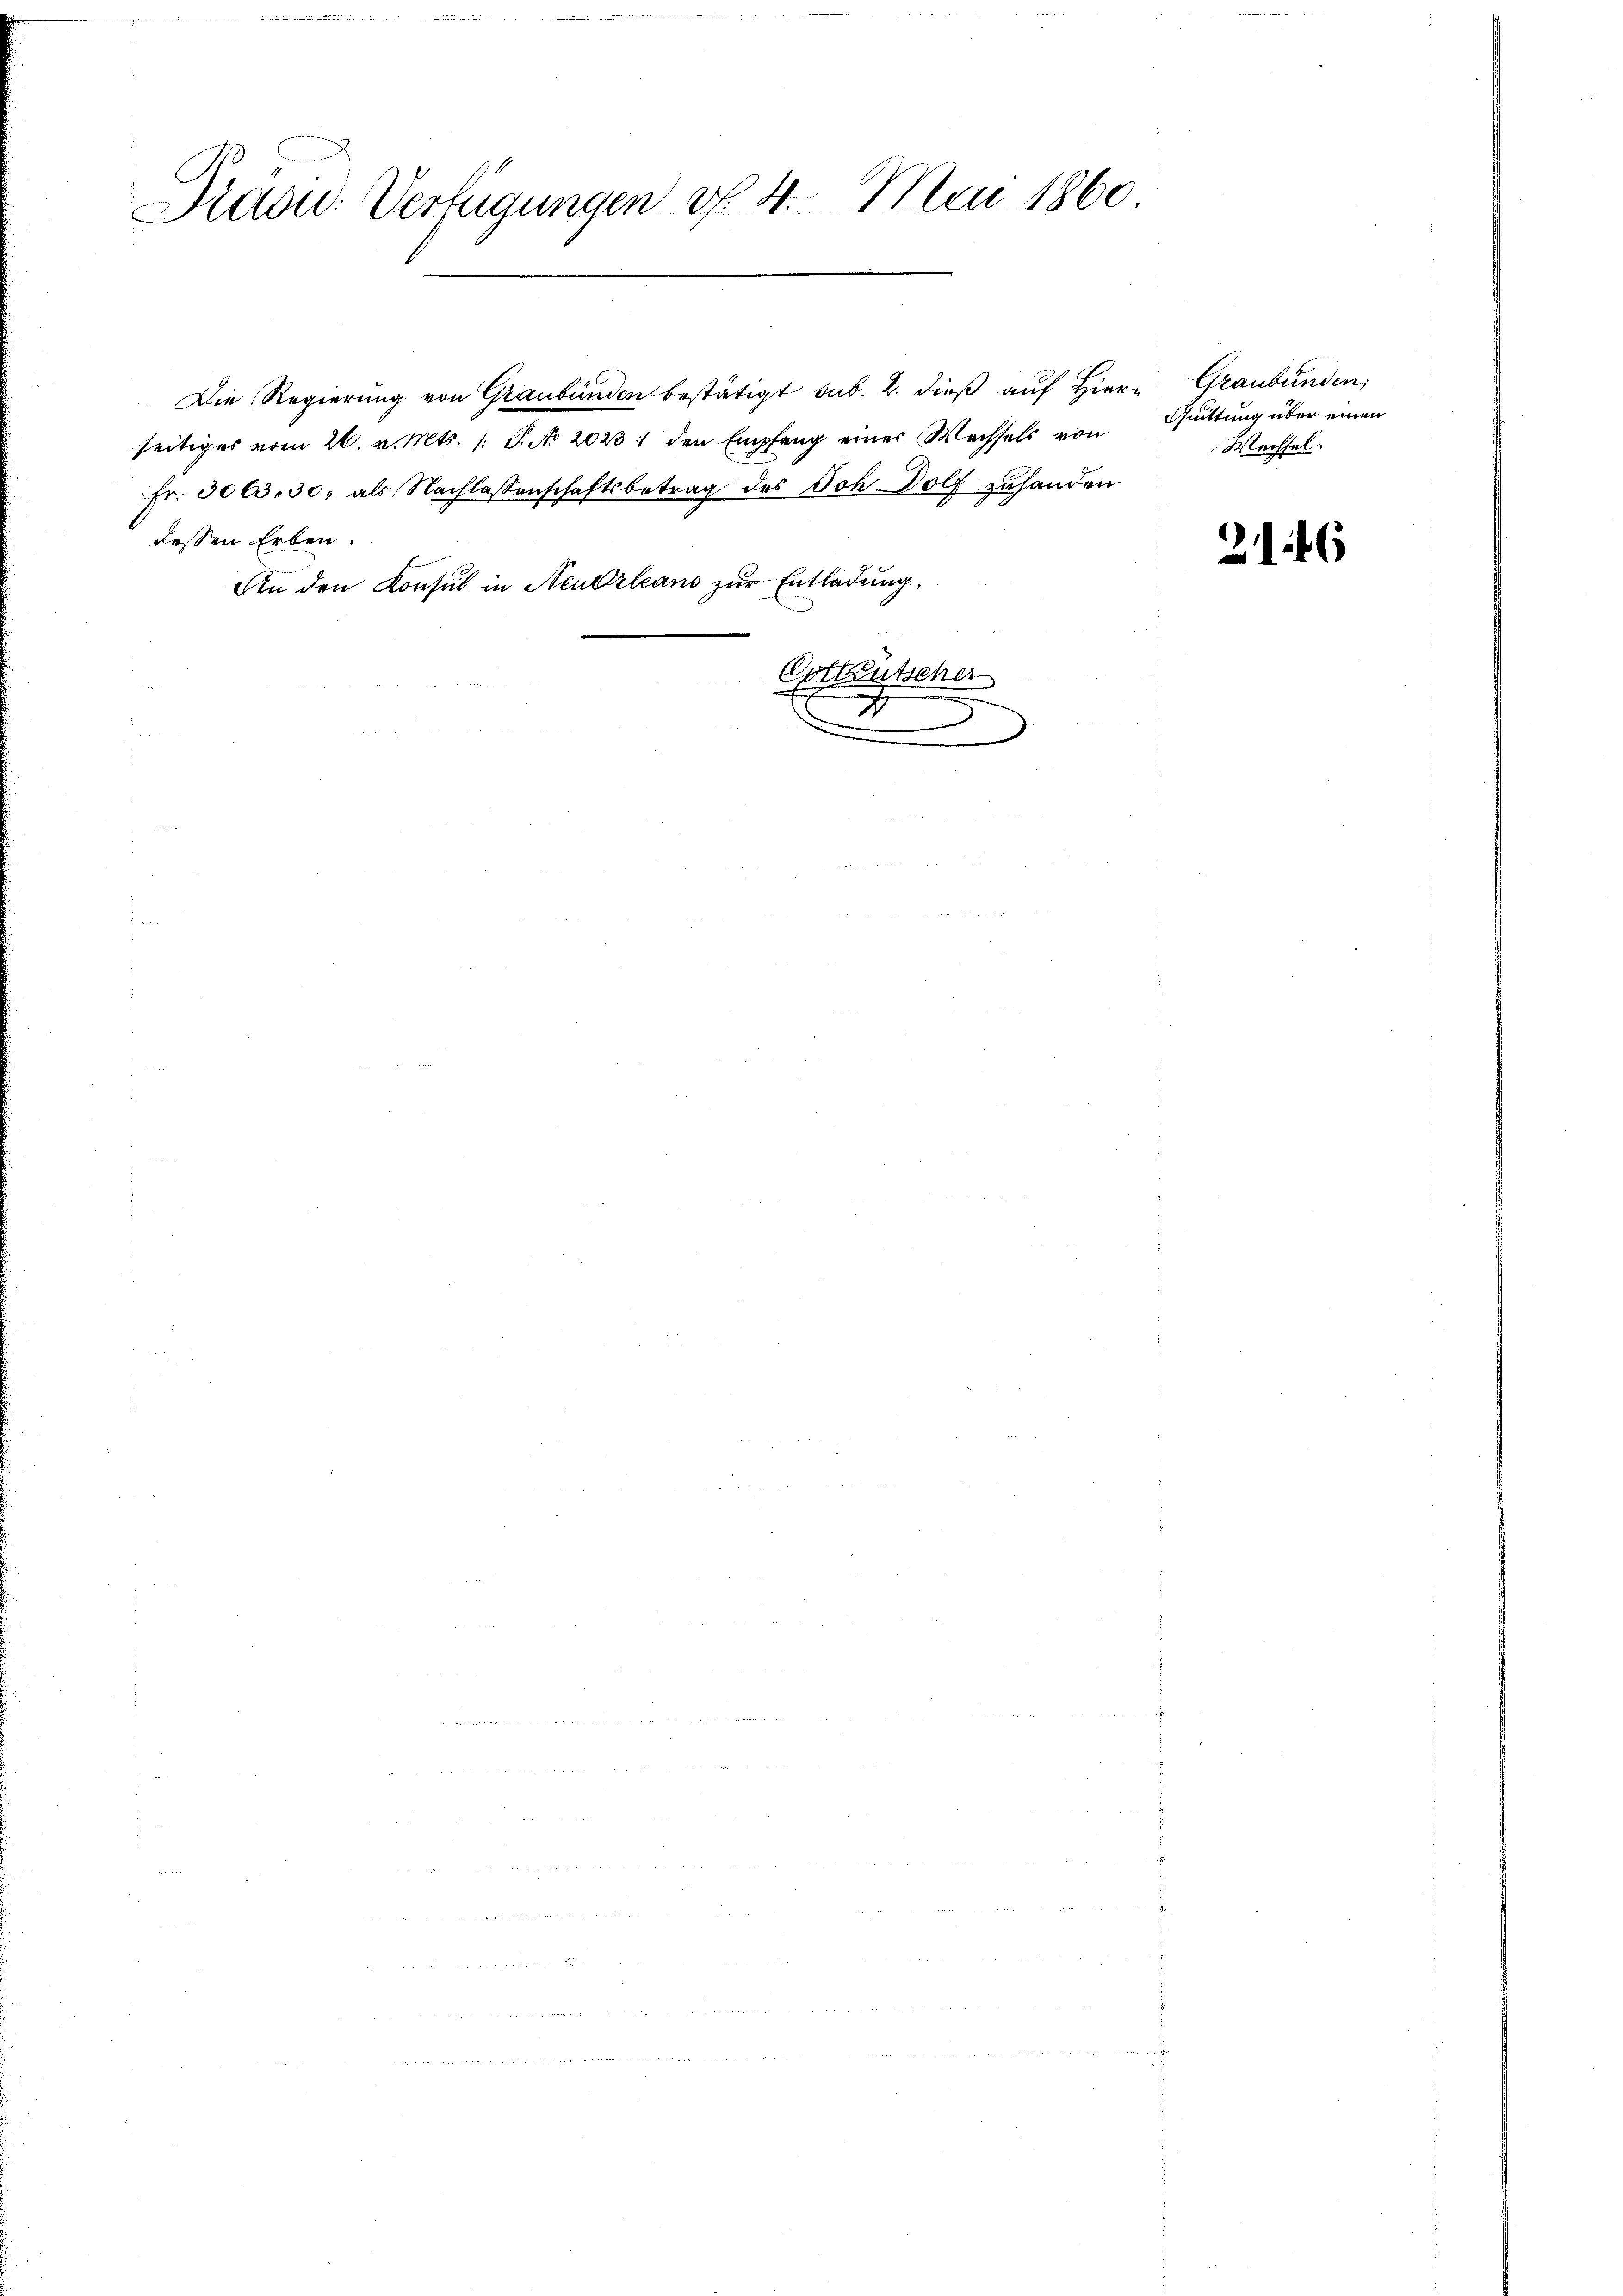
Präsid. Verfügungen d. 4. Mai 1860

Die Regierung von Graubünden bestätigt sub. 2. dieß auf Hier Graubünden,
seitiges vom 26. v. Mts. /: P. No. 20231 den Empfang einer Wechsels von Guittung über einen
Fr. 3063, 30, als Nachlassenschaftsbetrag des Ich Dolf zuhanden
dessen Erben.
An den Konsul in Neudrleans zur Entladung.

Corteutscher
.
¬
.

Wechsel.

2146